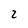
Character: 2